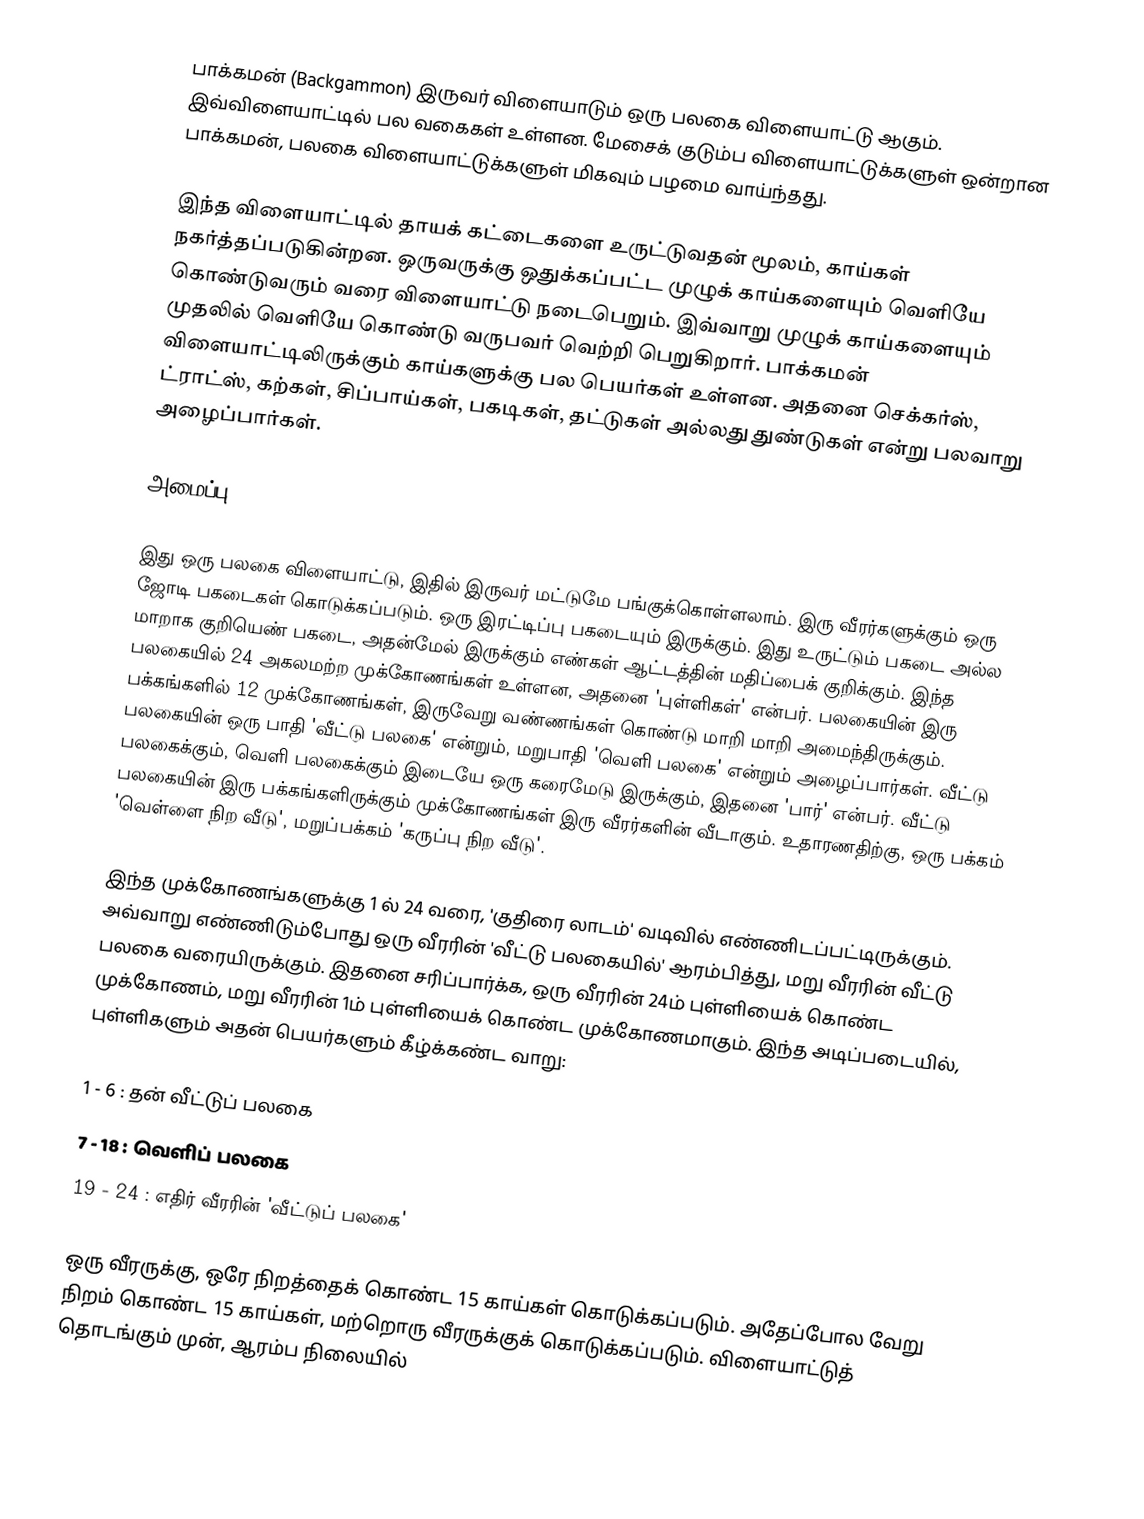
பாக்கமன் (Backgammon) இருவர் விளையாடும் ஒரு பலகை விளையாட்டு ஆகும். இவ்விளையாட்டில் பல வகைகள் உள்ளன. மேசைக் குடும்ப விளையாட்டுக்களுள் ஒன்றான பாக்கமன், பலகை விளையாட்டுக்களுள் மிகவும் பழமை வாய்ந்தது.

இந்த விளையாட்டில் தாயக் கட்டைகளை உருட்டுவதன் மூலம், காய்கள் நகர்த்தப்படுகின்றன. ஒருவருக்கு ஒதுக்கப்பட்ட முழுக் காய்களையும் வெளியே கொண்டுவரும் வரை விளையாட்டு நடைபெறும். இவ்வாறு முழுக் காய்களையும் முதலில் வெளியே கொண்டு வருபவர் வெற்றி பெறுகிறார். பாக்கமன் விளையாட்டிலிருக்கும் காய்களுக்கு பல பெயர்கள் உள்ளன. அதனை செக்கர்ஸ், ட்ராட்ஸ், கற்கள், சிப்பாய்கள், பகடிகள், தட்டுகள் அல்லது துண்டுகள் என்று பலவாறு அழைப்பார்கள்.

அமைப்பு

இது ஒரு பலகை விளையாட்டு, இதில் இருவர் மட்டுமே பங்குக்கொள்ளலாம். இரு வீரர்களுக்கும் ஒரு ஜோடி பகடைகள் கொடுக்கப்படும். ஒரு இரட்டிப்பு பகடையும் இருக்கும். இது உருட்டும் பகடை அல்ல மாறாக குறியெண் பகடை, அதன்மேல் இருக்கும் எண்கள் ஆட்டத்தின் மதிப்பைக் குறிக்கும்.  இந்த பலகையில் 24 அகலமற்ற முக்கோணங்கள் உள்ளன, அதனை 'புள்ளிகள்' என்பர். பலகையின் இரு பக்கங்களில் 12 முக்கோணங்கள், இருவேறு வண்ணங்கள் கொண்டு மாறி மாறி அமைந்திருக்கும். பலகையின் ஒரு பாதி 'வீட்டு பலகை' என்றும், மறுபாதி 'வெளி பலகை' என்றும் அழைப்பார்கள். வீட்டு பலகைக்கும், வெளி பலகைக்கும் இடையே ஒரு கரைமேடு இருக்கும், இதனை 'பார்' என்பர். வீட்டு பலகையின் இரு பக்கங்களிருக்கும் முக்கோணங்கள் இரு வீரர்களின் வீடாகும். உதாரணதிற்கு, ஒரு பக்கம் 'வெள்ளை நிற வீடு', மறுப்பக்கம் 'கருப்பு நிற வீடு'.

இந்த முக்கோணங்களுக்கு 1 ல் 24 வரை, 'குதிரை லாடம்' வடிவில் எண்ணிடப்பட்டிருக்கும். அவ்வாறு எண்ணிடும்போது ஒரு வீரரின் 'வீட்டு பலகையில்' ஆரம்பித்து, மறு வீரரின் வீட்டு பலகை வரையிருக்கும். இதனை சரிப்பார்க்க, ஒரு வீரரின் 24ம் புள்ளியைக் கொண்ட முக்கோணம், மறு வீரரின் 1ம் புள்ளியைக் கொண்ட முக்கோணமாகும். இந்த அடிப்படையில், புள்ளிகளும் அதன் பெயர்களும் கீழ்க்கண்ட வாறு:

 1 -  6   : தன் வீட்டுப் பலகை
 7 - 18   : வெளிப் பலகை
19 - 24   : எதிர் வீரரின் 'வீட்டுப் பலகை'

ஒரு வீரருக்கு, ஒரே நிறத்தைக் கொண்ட 15 காய்கள் கொடுக்கப்படும். அதேப்போல வேறு நிறம் கொண்ட 15 காய்கள், மற்றொரு வீரருக்குக் கொடுக்கப்படும். விளையாட்டுத் தொடங்கும் முன், ஆரம்ப நிலையில்